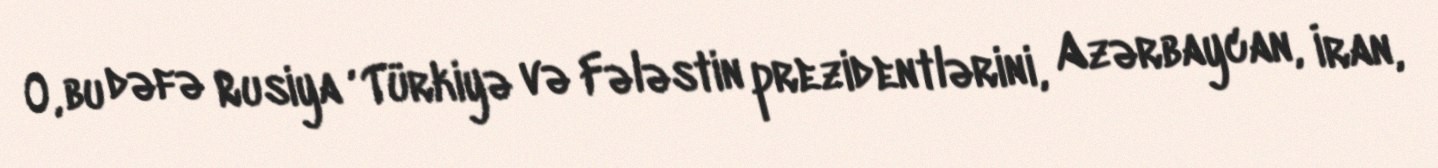
O, bu dəfə Rusiya , Türkiyə və Fələstin prezidentlərini, Azərbaycan, İran,